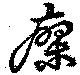
瘳